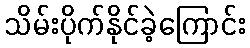
သိမ်းပိုက်နိုင်ခဲ့ကြောင်း